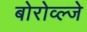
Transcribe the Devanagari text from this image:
बोरोव्ल्जे